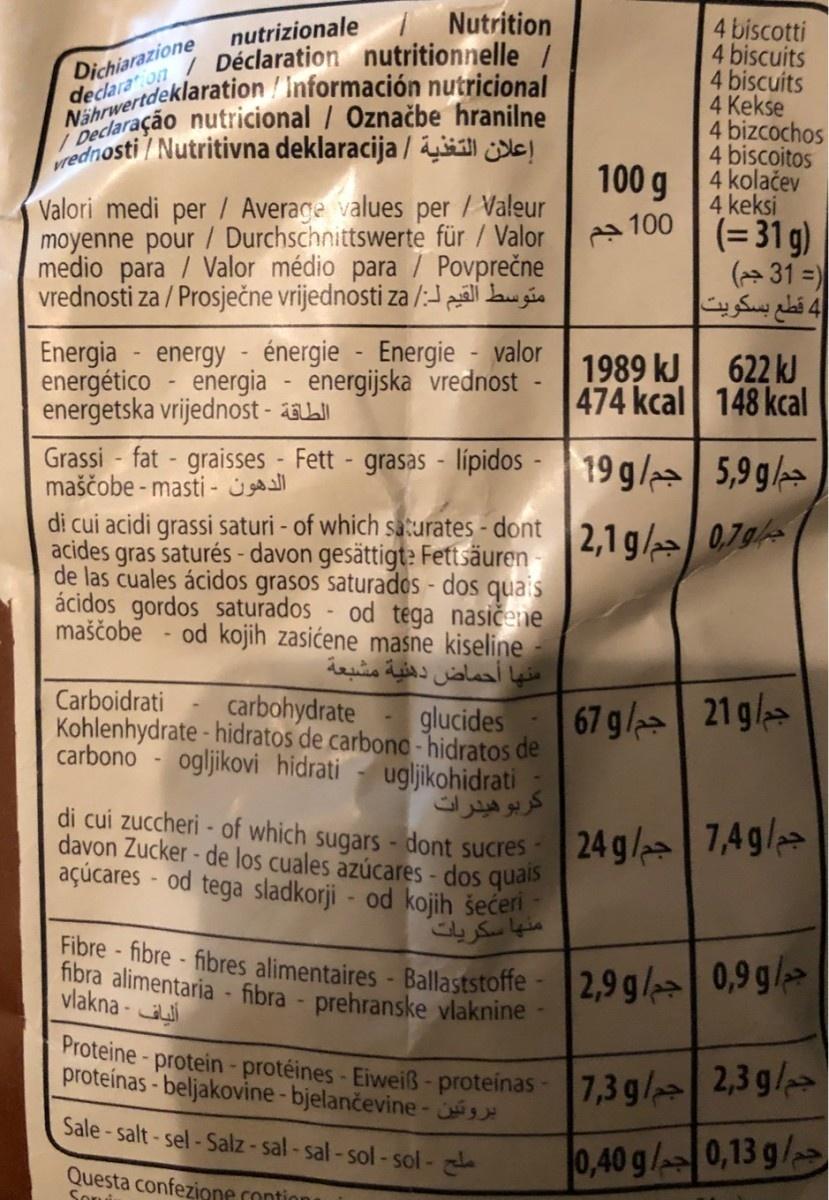
nutrizionale Nutrition 7 Déclaration nutritionnelle / eclara laration ! Información nutricional Npeclaração nutricional / Označbe hranilne wednosti Nutritivna deklaracija / įil se!
4 biscotti 4 biscuits 4 biscuits 4 Kekse 4 bizcochos 4 biscoitos 4 kolačev 4 keksi a 100 (= 31 g)
Dịchiarazione
100 g
Valori medi per / Average values per / Valeur moyenne pour / Durchschnittswerte für / Valor medio para / Valor médio para / Povprečne vrednosti za / Prosječne vrijednosti za /:- ali bu géo
(→ 31 =) 4 قطع بسكويت
Energia - energy - énergie - Energie - valor energético energetska vrijednost - asL
1989 kJ 622 kJ 474 kcal 148 kcal
energia - energijska vrednost
Grassi - fat - graisses - Fett - grasas - lípidos - 19 g/ 5,9 g/ maščobe - masti - jsall di cui acidi grassi saturi - of which saturates - dont acides gras saturés - davon gesättigt: Fett säuren de las cuales ácidos grasos saturados - dos quais ácidos gordos saturados - od tega nasičene maščobe
2,1 g/ 0,7
- od kojih zasićene masne kiseline منها أحماض دهنية مشبعة
Carboidrati
carbohydrate
glucides
67 g/ 21 g/
Kohlenhydrate - hidratos de carbono-hidratos de ugljikohidrati بوهیدرات
carbono
ogljikovi hidrati
di cui zuccheri - of which sugars - dont sucres davon Zucker - de los cuales azúcares - dos quals açúcares - od tega sladkorji - od kojih šećeri
24 g/ 7,4g/
منها سكريات
bre fibre - fibres alimentaires - Ballaststoffe -2,9gl 0,9gi fibra alimentaria - fibra - prehranske vlaknine
vlakna - i
Proteine- protein- protéines - Eiweiß - proteinas -7,3 g/ 2,5 97 proteínas - beljakovine-bjelančevine -
Sale-salt-sel-Salz-sal-sal-sol-sol-
0,40 g/0,13 g/
Questa confezione contion Soni